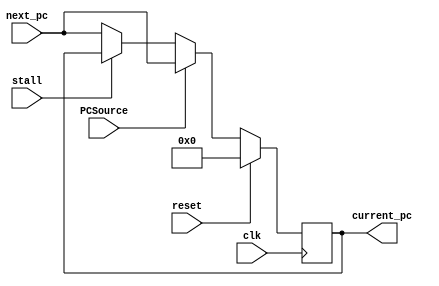
module PC #(parameter data_width = 32) ( 
    input reset, 
	input clk,
    input stall,
    input PCSource,
    input [data_width - 1 : 0] next_pc,
       	output reg [data_width - 1: 0] current_pc);

always @(posedge clk) begin
    if(reset) current_pc <= 0;
    else if(PCSource) current_pc <= next_pc; //ignore stall when branch/jump
    else if(!stall) current_pc <= next_pc; //update when posedge
end

endmodule